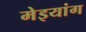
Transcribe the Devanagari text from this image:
मेइयांग